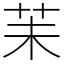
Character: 苿